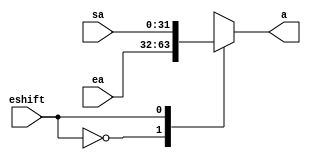
`timescale 1ns / 1ps
//////////////////////////////////////////////////////////////////////////////////
// Company: 
// Engineer: 
// 
// Design Name: 
// Module Name: EXE_ALUMux2
// Project Name: 
// Target Devices: 
// Tool Versions: 
// Description: 
// 
// Dependencies: 
// 
// Revision:
// Revision 0.01 - File Created
// Additional Comments:
// 
//////////////////////////////////////////////////////////////////////////////////


module EXE_ALUMux2(
    input [31:0] sa,
    input [31:0] ea,
    input eshift,
    output reg [31:0] a
    );
    
    always @ (*)
        begin
            case(eshift)
               2'b0: a = ea;
               2'b1: a = sa;
            endcase
        end
endmodule